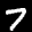
Label: 7